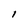
Character: l